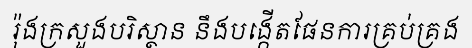
រ៉ុងក្រសួងបរិស្ថាន នឹងបង្កើតផែនការគ្រប់គ្រង